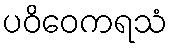
ပဝိဝေကရသံ